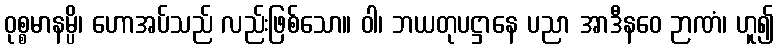
ဝုစ္စမာနမ္ပိ၊ ဟောအပ်သည် လည်းဖြစ်သော။ ဝါ၊ ဘယတုပဋ္ဌာနေ ပညာ အာဒီနဝေ ဉာဏံ၊ ဟူ၍